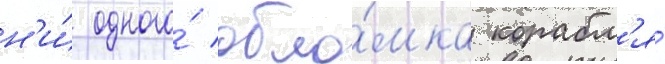
н'и́ одного́ обло́мка корабл'я́